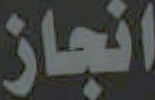
انجاز